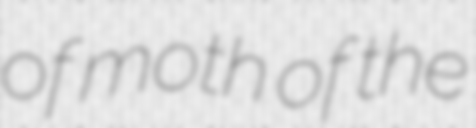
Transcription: of moth of the